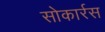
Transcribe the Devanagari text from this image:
सोकार्रस